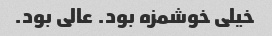
خیلی خوشمزه بود. عالی بود.